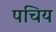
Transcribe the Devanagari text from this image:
पचिय